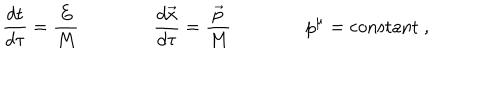
\frac { d t } { d \tau } = \frac { E } { M } \qquad \qquad \frac { d \vec { x } } { d \tau } = \frac { \vec { p } } { M } \qquad \qquad p ^ { \mu } = \mathrm { c o n s t a n t } \ ,